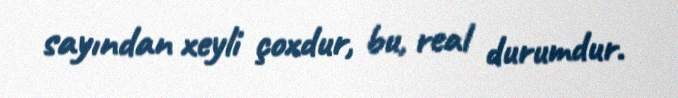
sayından xeyli çoxdur, bu, real durumdur.